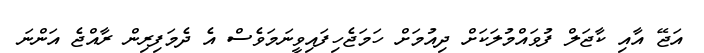
އަޖޭ އާއި ކާޖަލް ފުވައްމުލަކަށް ދިއުމަށް ހަމަޖެހިފައިވީނަމަވެސް އެ ދެމަފިރިން ރާއްޖެ އަންނަ